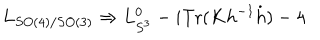
L _ { S O ( 4 ) / S O ( 3 ) } \Rightarrow L _ { S ^ { 3 } } ^ { 0 } - i \mathrm { T r } ( K h ^ { - 1 } \dot { h } ) - 4